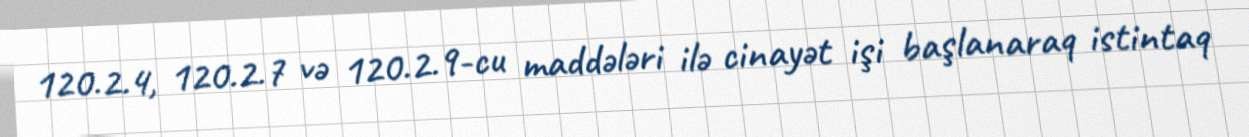
120.2.4, 120.2.7 və 120.2.9-cu maddələri ilə cinayət işi başlanaraq istintaq